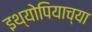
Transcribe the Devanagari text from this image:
इथ्योपियाच्या